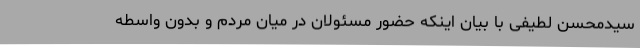
سیدمحسن لطیفی با بیان اینکه حضور مسئولان در میان مردم و بدون واسطه